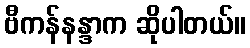
ဗီကန်နန္ဒာက ဆိုပါတယ်။